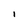
Character: l